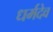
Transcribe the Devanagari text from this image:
धर्मदेव